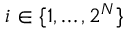
i \in \{ 1 , \ldots , 2 ^ { N } \}